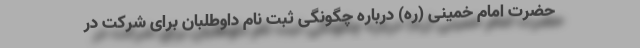
حضرت امام خمینی (ره) درباره چگونگی ثبت نام داوطلبان برای شرکت در